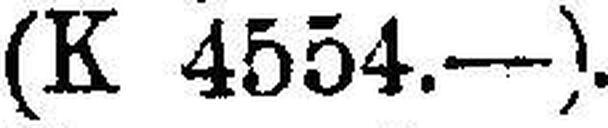
(K 4554.—).